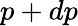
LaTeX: p+dp